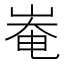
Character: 𡹛